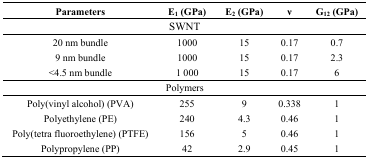
<table><thead><tr><td><b>Parameters</b></td><td><b>E<sub>1</sub> (GPa)</b></td><td><b>E<sub>2</sub> (GPa)</b></td><td><b>ν</b></td><td><b>G<sub>12</sub> (GPa)</b></td></tr></thead><tbody><tr><td colspan="5">SWNT</td></tr><tr><td>20 nm bundle</td><td>1000</td><td>15</td><td>0.17</td><td>0.7</td></tr><tr><td>9 nm bundle</td><td>1000</td><td>15</td><td>0.17</td><td>2.3</td></tr><tr><td>&lt;4.5 nm bundle</td><td>1 000</td><td>15</td><td>0.17</td><td>6</td></tr><tr><td colspan="5">Polymers</td></tr><tr><td>Poly(vinyl alcohol) (PVA)</td><td>255</td><td>9</td><td>0.338</td><td>1</td></tr><tr><td>Polyethylene (PE)</td><td>240</td><td>4.3</td><td>0.46</td><td>1</td></tr><tr><td>Poly(tetra fluoroethylene) (PTFE)</td><td>156</td><td>5</td><td>0.46</td><td>1</td></tr><tr><td>Polypropylene (PP)</td><td>42</td><td>2.9</td><td>0.45</td><td>1</td></tr></tbody></table>